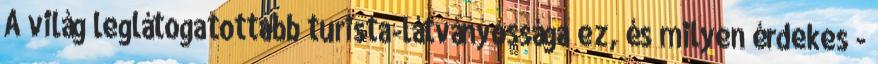
A világ leglátogatottabb turista-látványossága ez, és milyen érdekes -